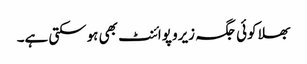
بھلا کوئی جگہ زیرو پوائنٹ بھی ہوسکتی ہے۔